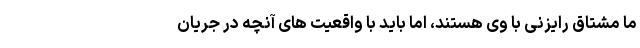
ما مشتاق رایزنی با وی هستند، اما باید با واقعیت های آنچه در جریان